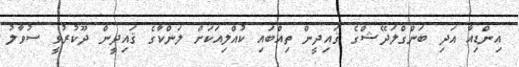
އިންޑިއާ އަދި ބަންގްލަދޭޝްގެ ޤައިދީން ތިއްބައި ކުއްލިއަކަށް ލަންކާގެ ޤައިދީން ދޫކުރުވީ ސުވާލު